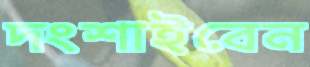
দংশাইবেন